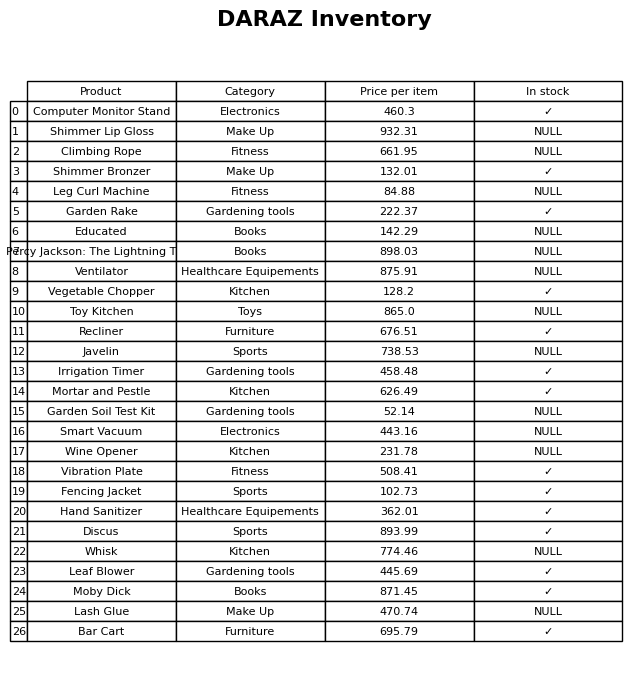
question: What category does the Shimmer Bronzer belong to?
answer: Make Up